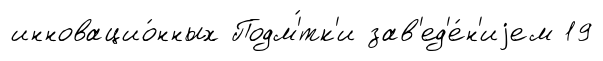
инновацио́нных Подм'́тк'и зав'ед'е́н'иjем 19